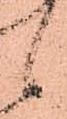
候